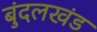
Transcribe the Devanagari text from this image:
बुंदलखंड